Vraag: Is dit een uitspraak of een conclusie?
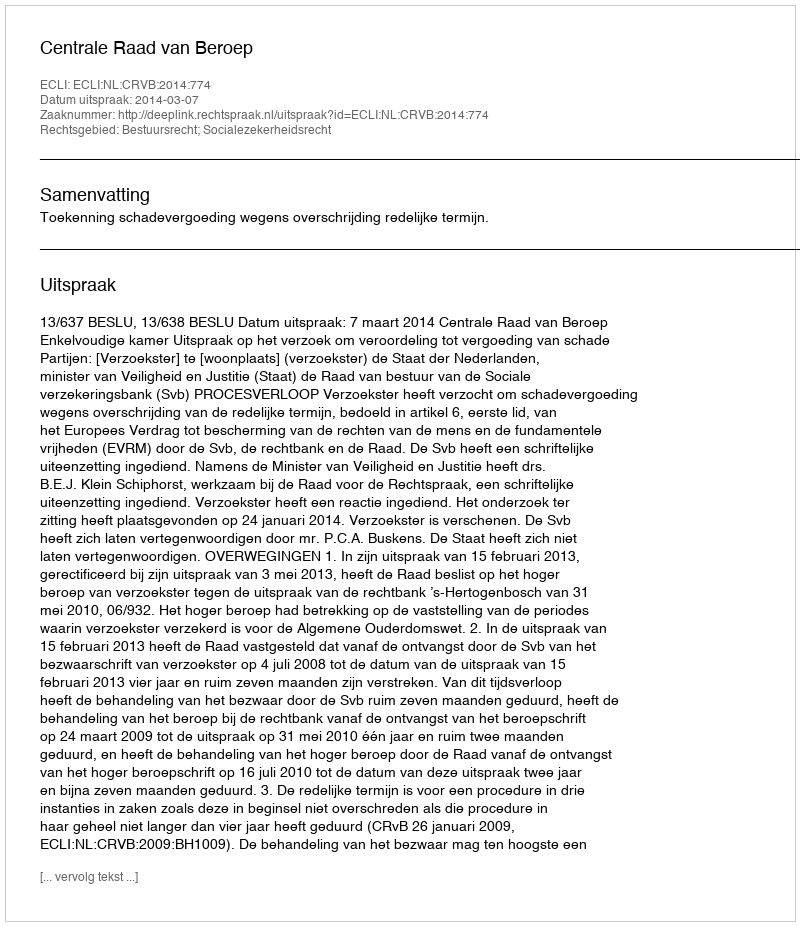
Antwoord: Uitspraak